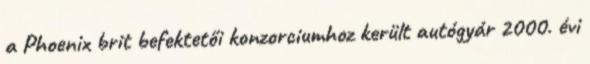
a Phoenix brit befektetői konzorciumhoz került autógyár 2000. évi